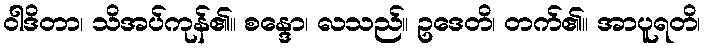
ဝါဒိတာ၊ သိအပ်ကုန်၏။ စန္ဒော၊ လသည်။ ဥဒေတိ၊ တက်၏။ အာပူရတိ၊